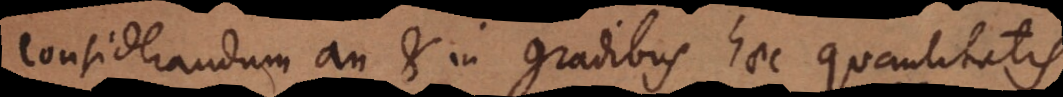
Considerandum an et in gradibus haec quantitatis